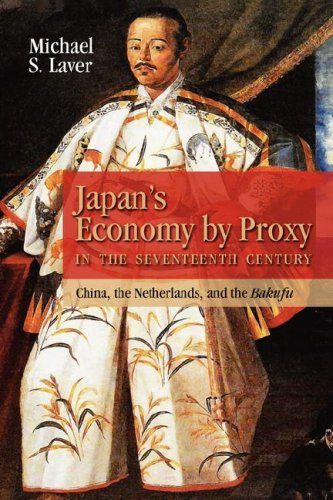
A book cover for Japan's Economy by Proxy in the Seventeenth Century: China the Netherlands, and the Bakufu; Michael Laver; History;